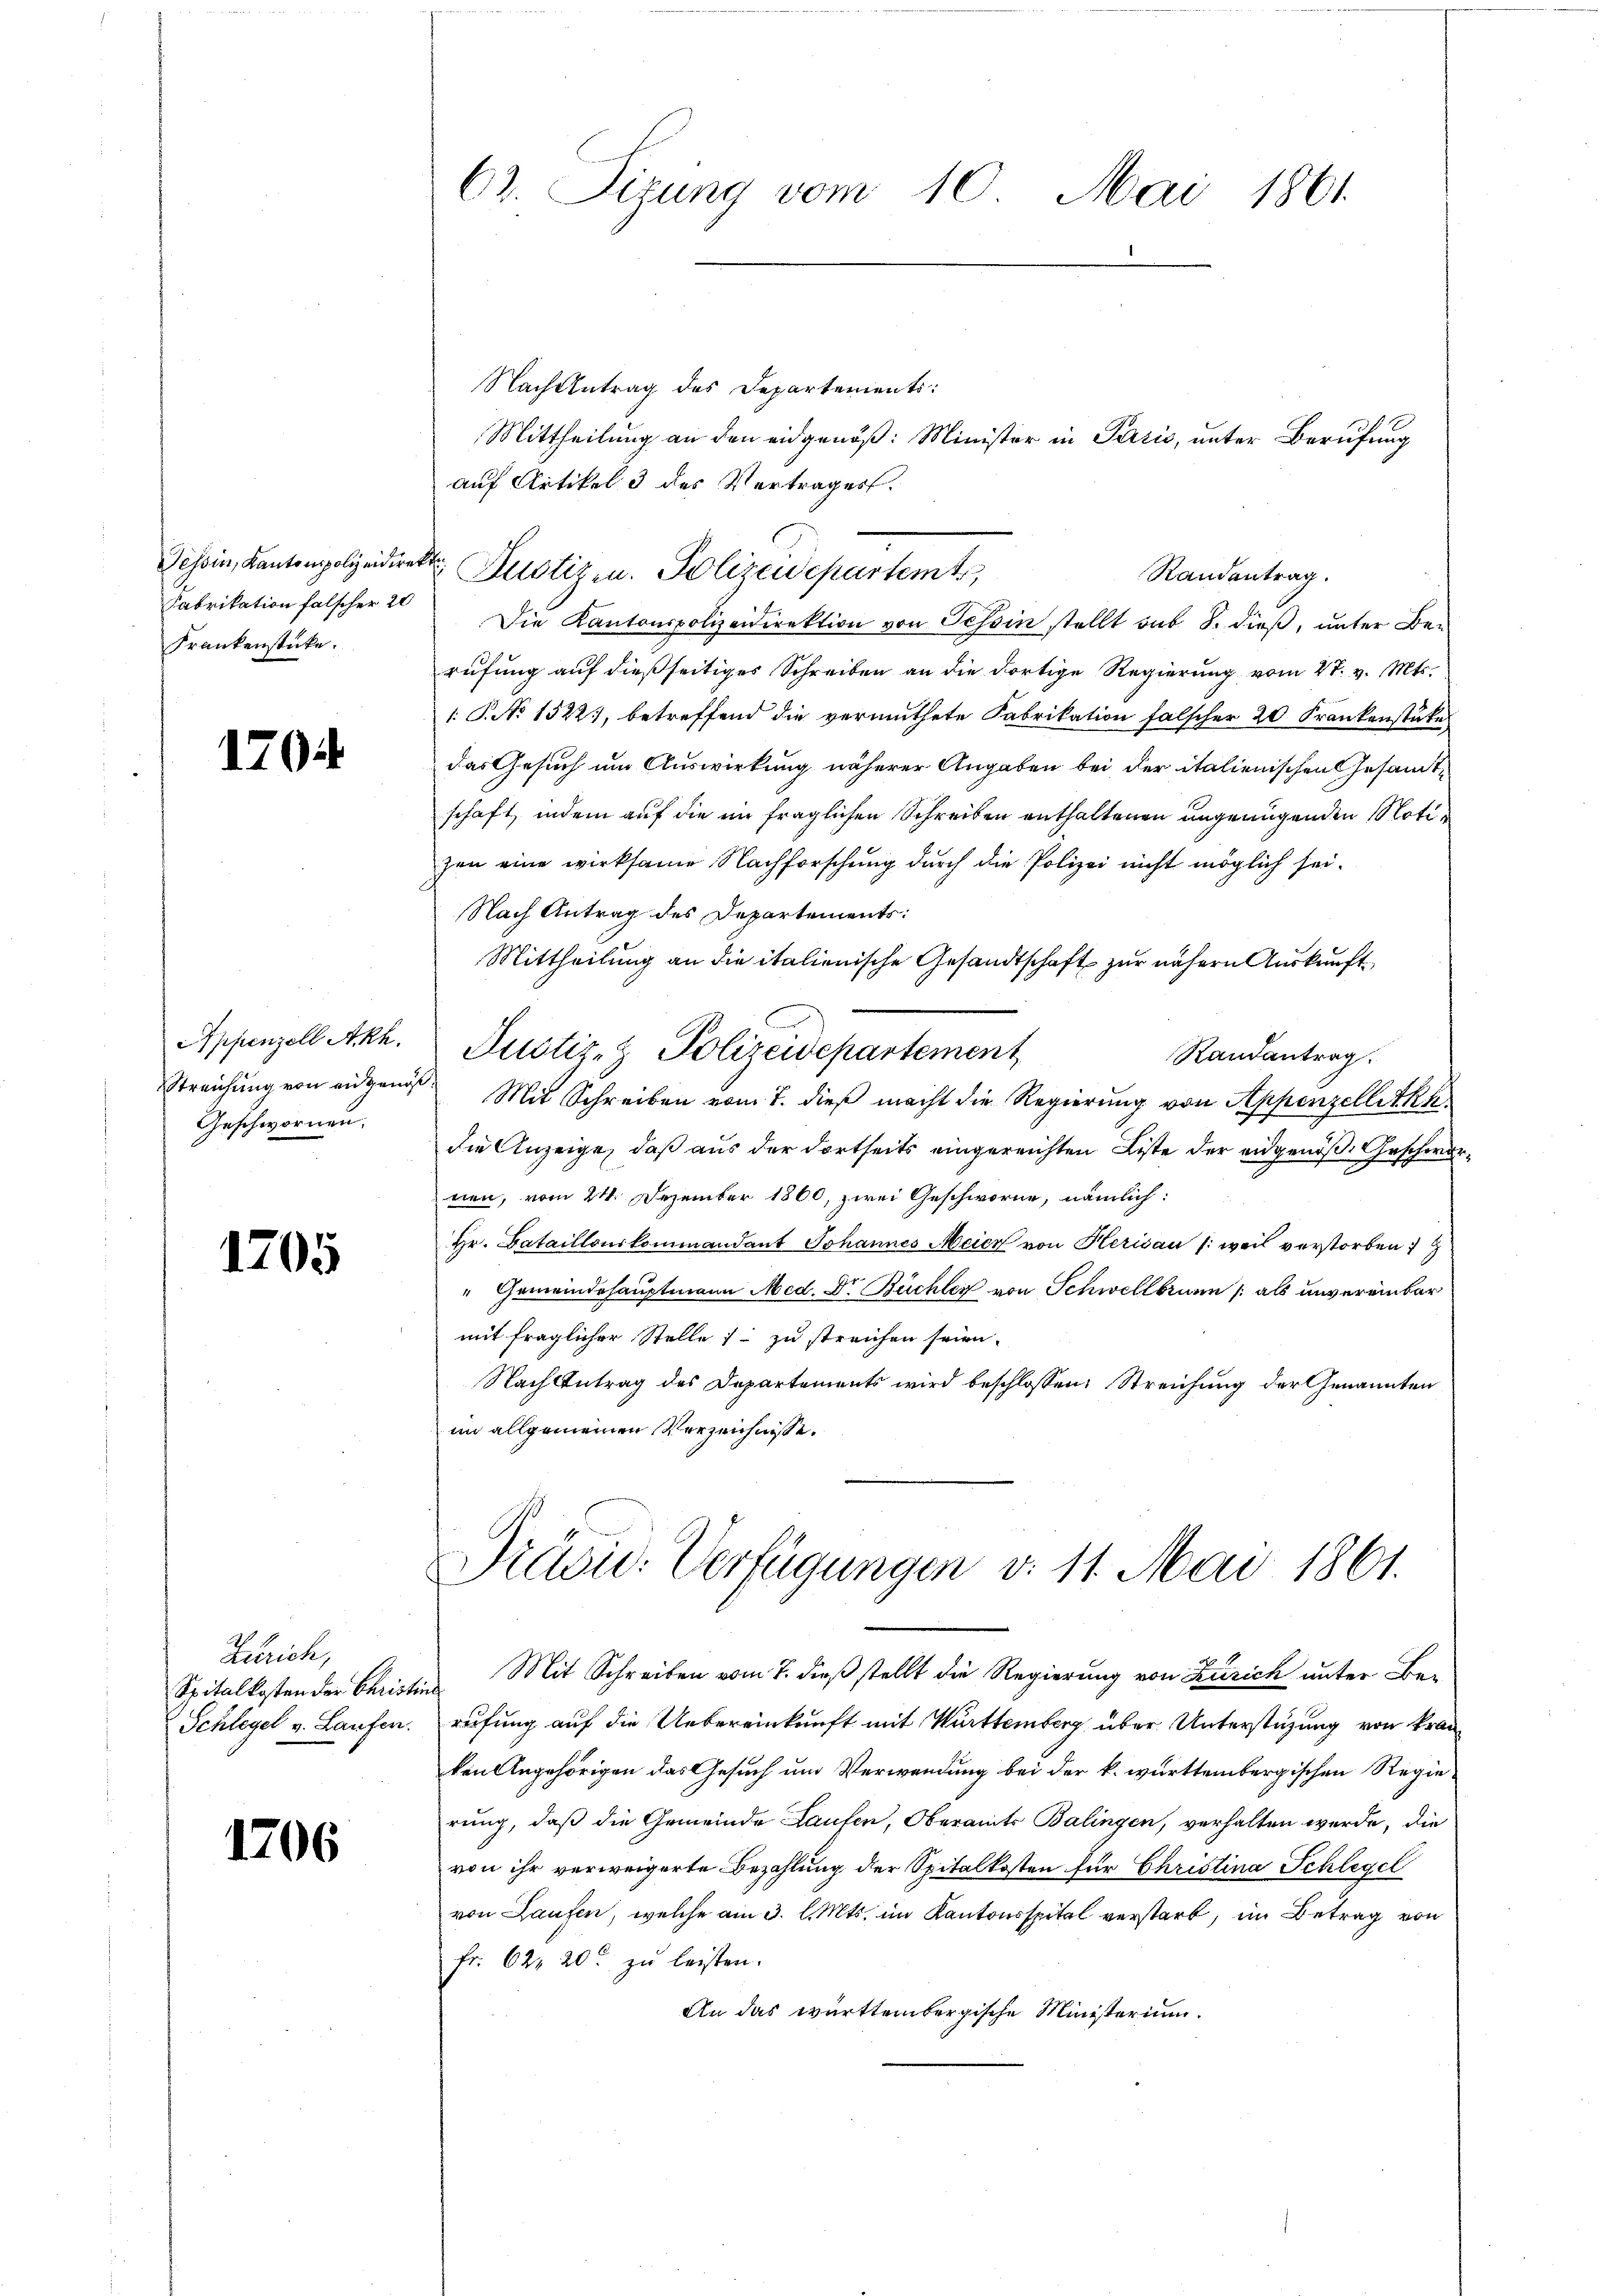
Tessin, Kantonspolizeidiret
Fabrikation falscher 20
Frankenstücke.

1704

Appenzell Akh.
Streichung von eidgenöß
Geschwornen.

1705

Zürich,
Spitalkosten der Christir
Schlegel v. Laufen.

1706

C. Tizung vom 10. Mai 1861.

Nach Antrag des Departements:
Mittheilung an den eidgenöß: Minister in Paris, unter Berufung
auf Artikel 3 des Vertrages.
d
Justizen. Polizeidepartemts,
Die Kantonspolizeidirektion von Tessin stellt sub. 8. dieß, unter Berufung auf dießseitiges Schreiben an die dortige Regierung vom 27. v. Mts.
 P. No 1522), betreffend die vermuthete Fabrikation falscher 20 Frankenstücke
das Gesuch um Auswirkung näherer Angaben bei der italienischen Gesandtschaft, indem auf die im fraglichen Schreiben enthaltenen ungenügenden Notizen eine wirksame Nachforschung durch die Polizei nicht möglich sei¬
Nach Antrag des Departements:
Mittheilung an die italienische Gesandtschaft zur nähern Auskunft
Justiz- & Polizeidepartement
Randantrag.
Mit Schreiben vom 7. dieß macht die Regierung von Appenzellitka
die Anzeige, daß aus der dortseits eingereichten Liste der eidgenoße Geschwornen, vom 21. Dezember 1860, zwei Geschworne, nämlich:
Hr. Bataillonskommandant Johannes Meier von Heridau (weil verstorben
" Gemeindehauptmann Med. Dr. Büchler von Schwellbrunn / als unvereinbar
mit fraglicher Stelle zu streichen seien.
Nach Antrag des Departements wird beschlossen: Streichung der Genannten
im allgemeinen Verzeichnisse.
Präsid. Verfügungen v. 11. Mai 1861.
Mit Schreiben vom 7. dieβ stellt die Regierŭng von Zürich unter Be-
rufung auf die Uebereinkunft mit Württemberg über Unterstüzung von Kranken Angehörigen das Gesuch um Verwendung bei der k. württembergischen Regierung, daß die Gemeinde Laufen, Oberamts Balingen, verhalten werde, die
von ihr verweigerte Bezahlung der Spitalkosten für Christina Schlegel
von Laufen, welche am 3. l. Mts. im Kantonsspital verstarb, im Betrag von
fr. 62, 20 zu leisten.
An das württembergische Ministerium.

Randentrag.